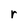
Character: r